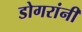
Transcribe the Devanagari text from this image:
डोगरांनी